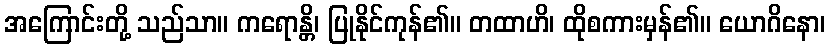
အကြောင်းတို့ သည်သာ။ ကရောန္တိ၊ ပြုနိုင်ကုန်၏။ တထာဟိ၊ ထိုစကားမှန်၏။ ယောဂိနော၊